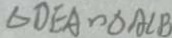
\Delta D E A \sim \Delta A C B